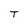
Character: T